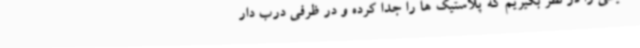
محیطی را در نظر بگیریم که پلاستیک ها را جدا کرده و در ظرفی درب دار